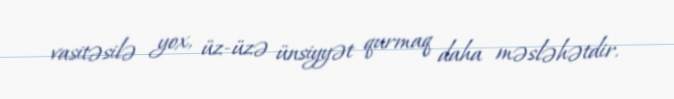
vasitəsilə yox, üz-üzə ünsiyyət qurmaq daha məsləhətdir.